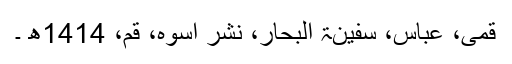
قمی، عباس، سفینۃ البحار، نشر اسوہ، قم، 1414ھ ۔